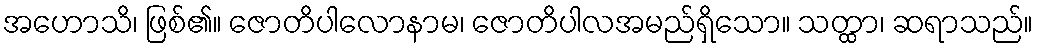
အဟောသိ၊ ဖြစ်၏။ ဇောတိပါလောနာမ၊ ဇောတိပါလအမည်ရှိသော။ သတ္ထာ၊ ဆရာသည်။